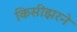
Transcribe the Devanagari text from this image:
किसीझरने